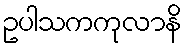
ဥပါသကကုလာနိ